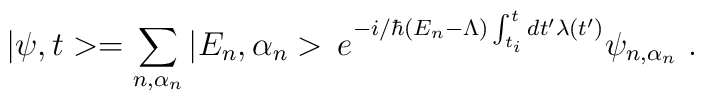
|\psi,t>=\sum_{n,\alpha_n}|E_n,\alpha_n>\,e^{-i/\hbar(E_n-\Lambda)\int_{t_i}^tdt'\lambda(t')}\psi_{n,\alpha_n}\ .